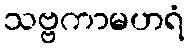
သဗ္ဗကာမဟရံ